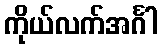
ကိုယ်လက်အင်္ဂါ